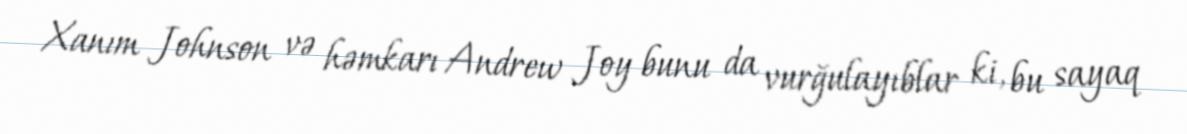
Xanım Johnson və həmkarı Andrew Joy bunu da vurğulayıblar ki, bu sayaq